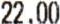
22.00